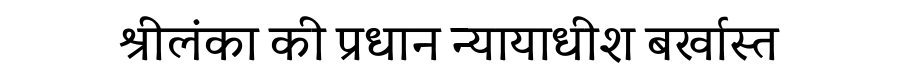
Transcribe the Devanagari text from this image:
श्रीलंका की प्रधान न्यायाधीश बर्खास्त